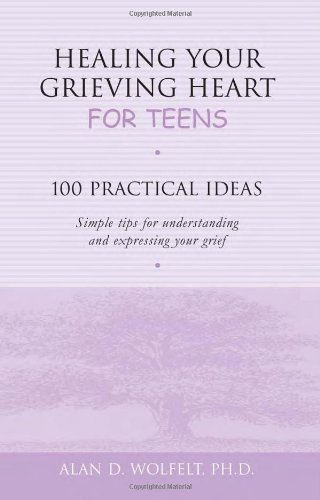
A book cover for Healing Your Grieving Heart for Teens: 100 Practical Ideas (Healing Your Grieving Heart series); Alan D. Wolfelt PhD; Self-Help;